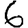
Digit: 6